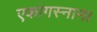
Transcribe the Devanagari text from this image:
एकांगस्नान।